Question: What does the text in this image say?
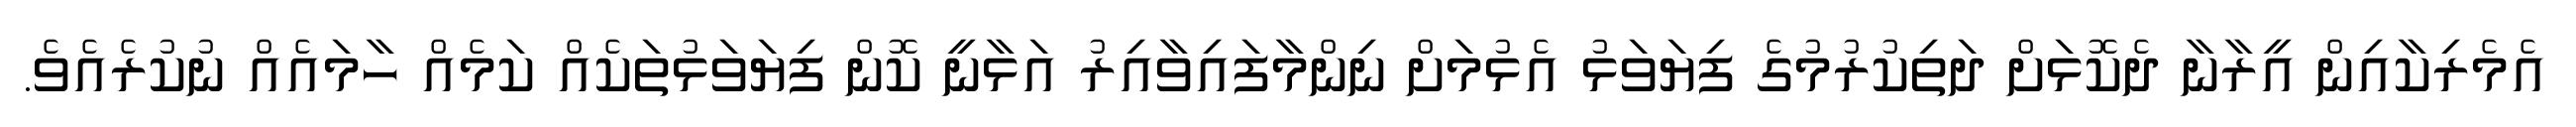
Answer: އެމެރިކާއިން އީރާނާ ދެކޮޅަށް ދަތިކުރުމުގެ ފިޔަވަޅު އެޅުމަށް ނިންމާފައިވާއިރު އަޅާނީ ކޮން ފިޔަވަޅުތަކެއް ކަމެއް ހާމައެއް ނުކުރެއެވެ.